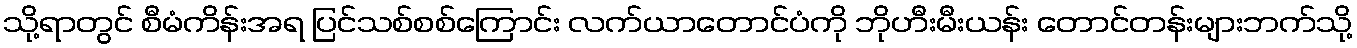
သို့ရာတွင် စီမံကိန်းအရ ပြင်သစ်စစ်ကြောင်း လက်ယာတောင်ပံကို ဘိုဟီးမီးယန်း တောင်တန်းများဘက်သို့